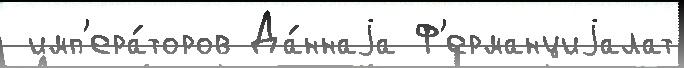
 имп'ера́торов Да́ннаjа Ф'ерманциjалат